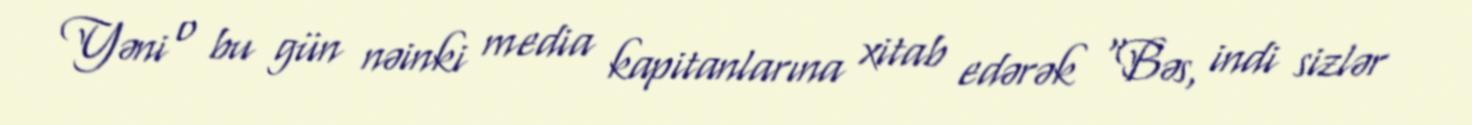
Yəni o bu gün nəinki media kapitanlarına xitab edərək "Bəs, indi sizlər